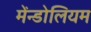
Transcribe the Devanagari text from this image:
मेंन्डोलियम